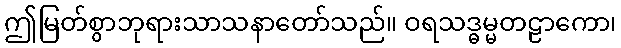
ဤမြတ်စွာဘုရားသာသနာတော်သည်။ ဝရသဒ္ဓမ္မတဠာကော၊